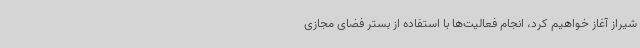
شیراز آغاز خواهیم کرد، انجام فعالیت‌ها با استفاده از بستر فضای مجازی